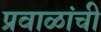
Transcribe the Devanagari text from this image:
प्रवाळांची